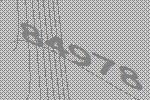
84978